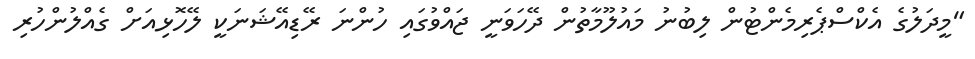
"މީދަލުގެ އެކްސްޕެރިމެންޓުން ލިބުނު މައުލޫމާތުން ދޭހަވަނީ ޖައްވުގައި ހުންނަ ރޭޑިއޭޝަނަކީ ލޭހޮޅިއަށް ގެއްލުންހުރި